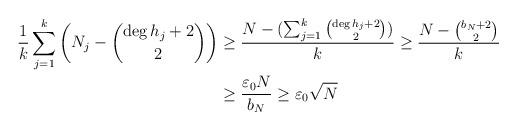
LaTeX: \begin{align*} \frac{1}{k}\sum_{j=1}^{k}\left (N_j - \binom{\deg h_j+2}{2}\right ) &\ge \frac{N - (\sum_{j=1}^k \binom{\deg h_j+2}{2})}{k} \ge \frac{N-\binom{b_N+2}{2}}{k}\\ &\geq \frac{\varepsilon_0 N}{b_N}\ge \varepsilon_0\sqrt{N}\end{align*}